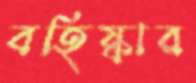
বহিষ্কার